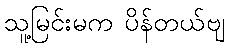
သူ့မြင်းမက ပိန်တယ်ဗျ